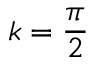
k = \frac { \pi } { 2 }